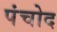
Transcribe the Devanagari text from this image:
पंचोद